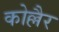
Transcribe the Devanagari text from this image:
कोल्लैर